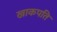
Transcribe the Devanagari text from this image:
खाकपति